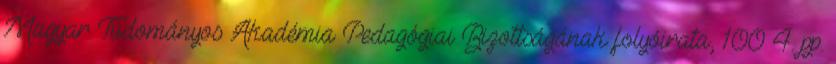
Magyar Tudományos Akadémia Pedagógiai Bizottságának folyóirata, 100 4. pp.